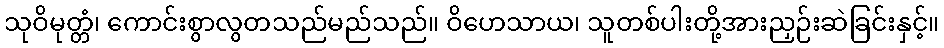
သုဝိမုတ္တံ၊ ကောင်းစွာလွတသည်မည်သည်။ ဝိဟေသာယ၊ သူတစ်ပါးတို့အားညှဉ်းဆဲခြင်းနှင့်။